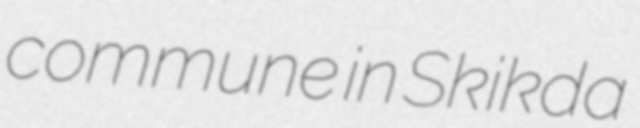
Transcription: commune in Skikda